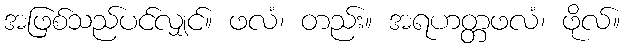
အဖြစ်သည်ပင်လျှင်။ ဖလံ၊ တည်း။ အရဟတ္တဖလံ၊ ဖိုလ်။